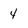
Character: 4